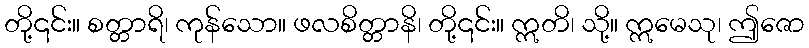
တို့၎င်း။ စတ္တာရိ၊ ကုန်သော။ ဖလစိတ္တာနိ၊ တို့၎င်း။ ဣတိ၊ သို့။ ဣမေသု၊ ဤဇော